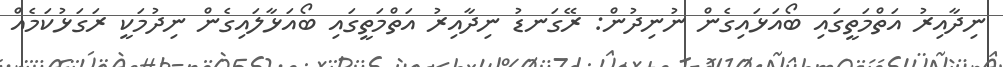
ނިދާއިރު އަތްމަތީގައި ބޯއަޅައިގެން ނުނިދުން: ރޭގަނޑު ނިދާއިރު އަތްމަތީގައި ބޯއަޅާލައިގެން ނިދުމަކީ ރަގަޅުކަމެއް